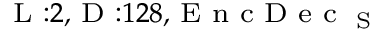
_ { \textrm { L } : 2 , \textrm { D } : 1 2 8 , \textrm { E n c D e c } _ { \textrm { S } } }